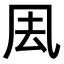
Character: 𠘾